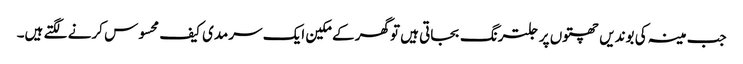
جب مینہ کی بوندیں چھتوں پر جلترنگ بجاتی ہیں توگھر کے مکین ایک سرمدی کیف محسوس کرنے لگتے ہیں۔